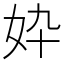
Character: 𫰓